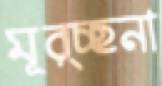
মূর্চ্ছনা